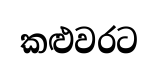
කළුවරට